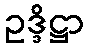
ဥဒ္ဒိဋ္ဌာ